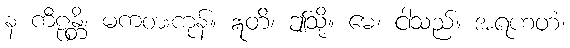
န ကီဠန္တိ၊ မကစားကုန်။ ဣတိ၊ ဤသို့။ မေ၊ ငါသည်။ အရဟတံ၊